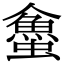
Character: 𧓀